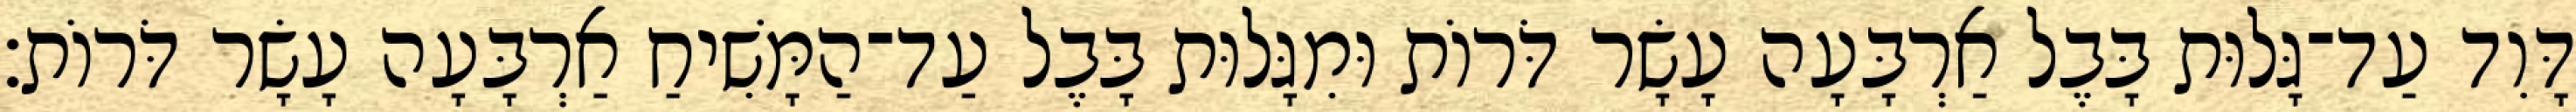
דָּוִד עַד־גָּלוּת בָּבֶל אַרְבָּעָה עָשָׂר דֹּרוֹת וּמִגָּלוּת בָּבֶל עַד־הַמָּשִׁיחַ אַרְבָּעָה עָשָׂר דֹּרוֹת׃